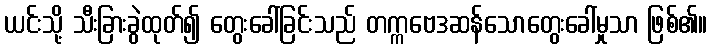
ယင်းသို့ သီးခြားခွဲထုတ်၍ တွေးခေါ်ခြင်းသည် တက္ကဗေဒဆန်သောတွေးခေါ်မှုသာ ဖြစ်၏။